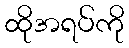
ထိုအရပ်ကို